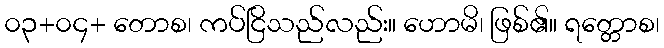
၀၃+၀၄+ တောစ၊ ကပ်ငြိသည်လည်း။ ဟောမိ၊ ဖြစ်၏။ ရတ္တောစ၊